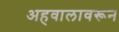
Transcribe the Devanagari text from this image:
अहवालावरून